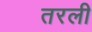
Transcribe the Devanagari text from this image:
तरली